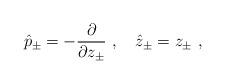
LaTeX: \begin{align*}\hat{p}_\pm=-\frac{\partial}{\partial z_\pm}~,~~~\hat{z}_\pm=z_\pm~,\end{align*}